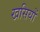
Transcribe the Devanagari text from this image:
खसियों